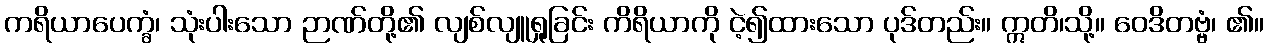
ကရိယာပေက္ခံ၊ သုံးပါးသော ဉာဏ်တို့၏ လျစ်လျူရှုခြင်း ကိရိယာကို ငဲ့၍ထားသော ပုဒ်တည်း။ ဣတိ၊သို့။ ဝေဒိတဗ္ဗံ၊ ၏။